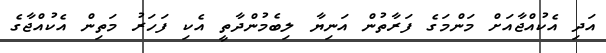
އަދި އެކުއްޖާއަށް މަންމަގެ ފަރާތުން އަނިޔާ ލިބެމުންދާތީ އެކި ފަހަރު މަތިން އެކުއްޖާގެ